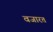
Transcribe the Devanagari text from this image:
वजारत